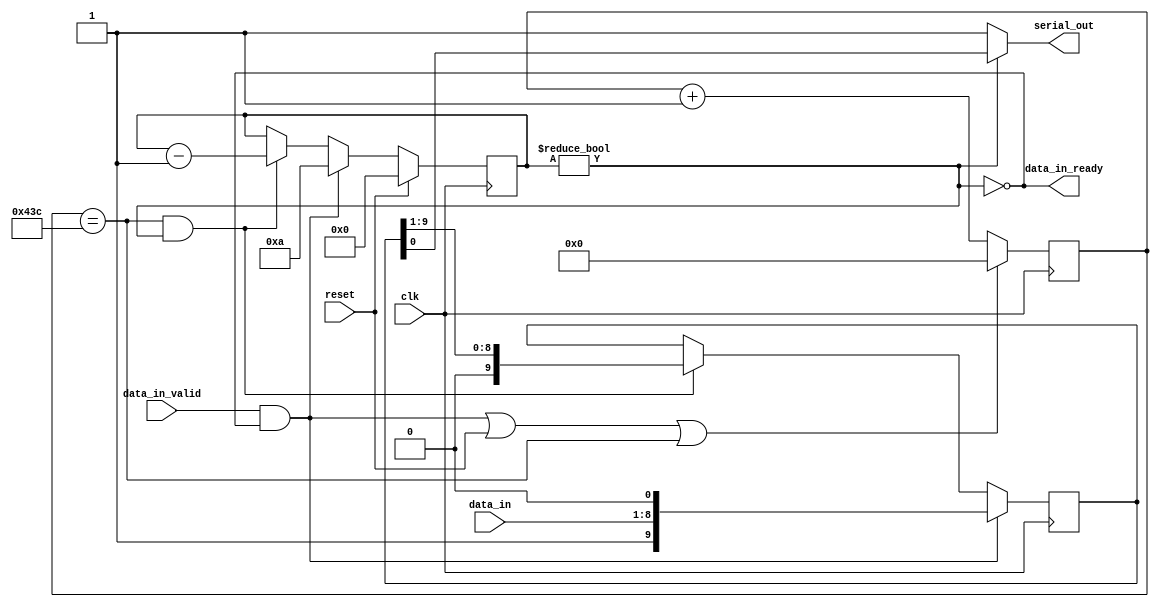
module uart_transmitter #(
    parameter CLOCK_FREQ = 125_000_000,
    parameter BAUD_RATE = 115_200)
(
    input 			clk				,
    input 			reset			,

    input 	[7:0] 	data_in			,
    input 			data_in_valid	,
    output 			data_in_ready	,

    output 			serial_out
);
    localparam  SYMBOL_EDGE_TIME    =   CLOCK_FREQ / BAUD_RATE;
    localparam  CLOCK_COUNTER_WIDTH =   $clog2(SYMBOL_EDGE_TIME);


    wire symbol_edge;
    wire start;
    wire tx_running;

    reg [9:0] 						tx_shift;
    reg [3:0] 						bit_counter;
    reg [CLOCK_COUNTER_WIDTH-1:0] 	clock_counter;

    assign symbol_edge 	= clock_counter == (SYMBOL_EDGE_TIME - 1);
    assign start 		= data_in_valid && !tx_running;

    assign tx_running = bit_counter != 4'd0;

    assign data_in_ready = !tx_running;
	assign serial_out = !tx_running ? 1'b1 : tx_shift[0];

    always @ (posedge clk) begin
        clock_counter <= (start || reset || symbol_edge) ? 0 : clock_counter + 1;
    end

    always @ (posedge clk) begin
        if (reset) begin
            bit_counter <= 0;
        end else if (start) begin
            bit_counter <= 10;
        end else if (symbol_edge && tx_running) begin
            bit_counter <= bit_counter - 1;
        end
    end

    always @(posedge clk) begin
        if (start)
			tx_shift <= {1'b1,data_in,1'b0};
		else if( tx_running && (symbol_edge) )
			tx_shift <= tx_shift >> 1;
    end


endmodule